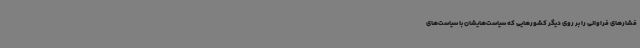
فشارهای فراوانی را بر روی دیگر کشورهایی که سیاست‌هایشان با سیاست‌های